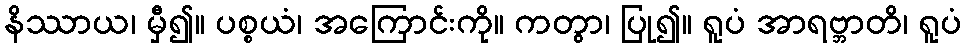
နိဿာယ၊ မှီ၍။ ပစ္စယံ၊ အကြောင်းကို။ ကတွာ၊ ပြု၍။ ရူပံ အာရဗ္ဘာတိ၊ ရူပံ